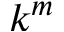
k ^ { m }